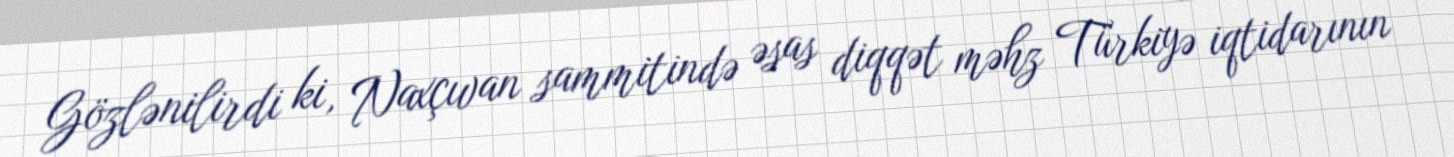
Gözlənilirdi ki, Naxçıvan sammitində əsas diqqət məhz Türkiyə iqtidarının